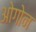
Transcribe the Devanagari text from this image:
ओगोन